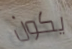
يكون